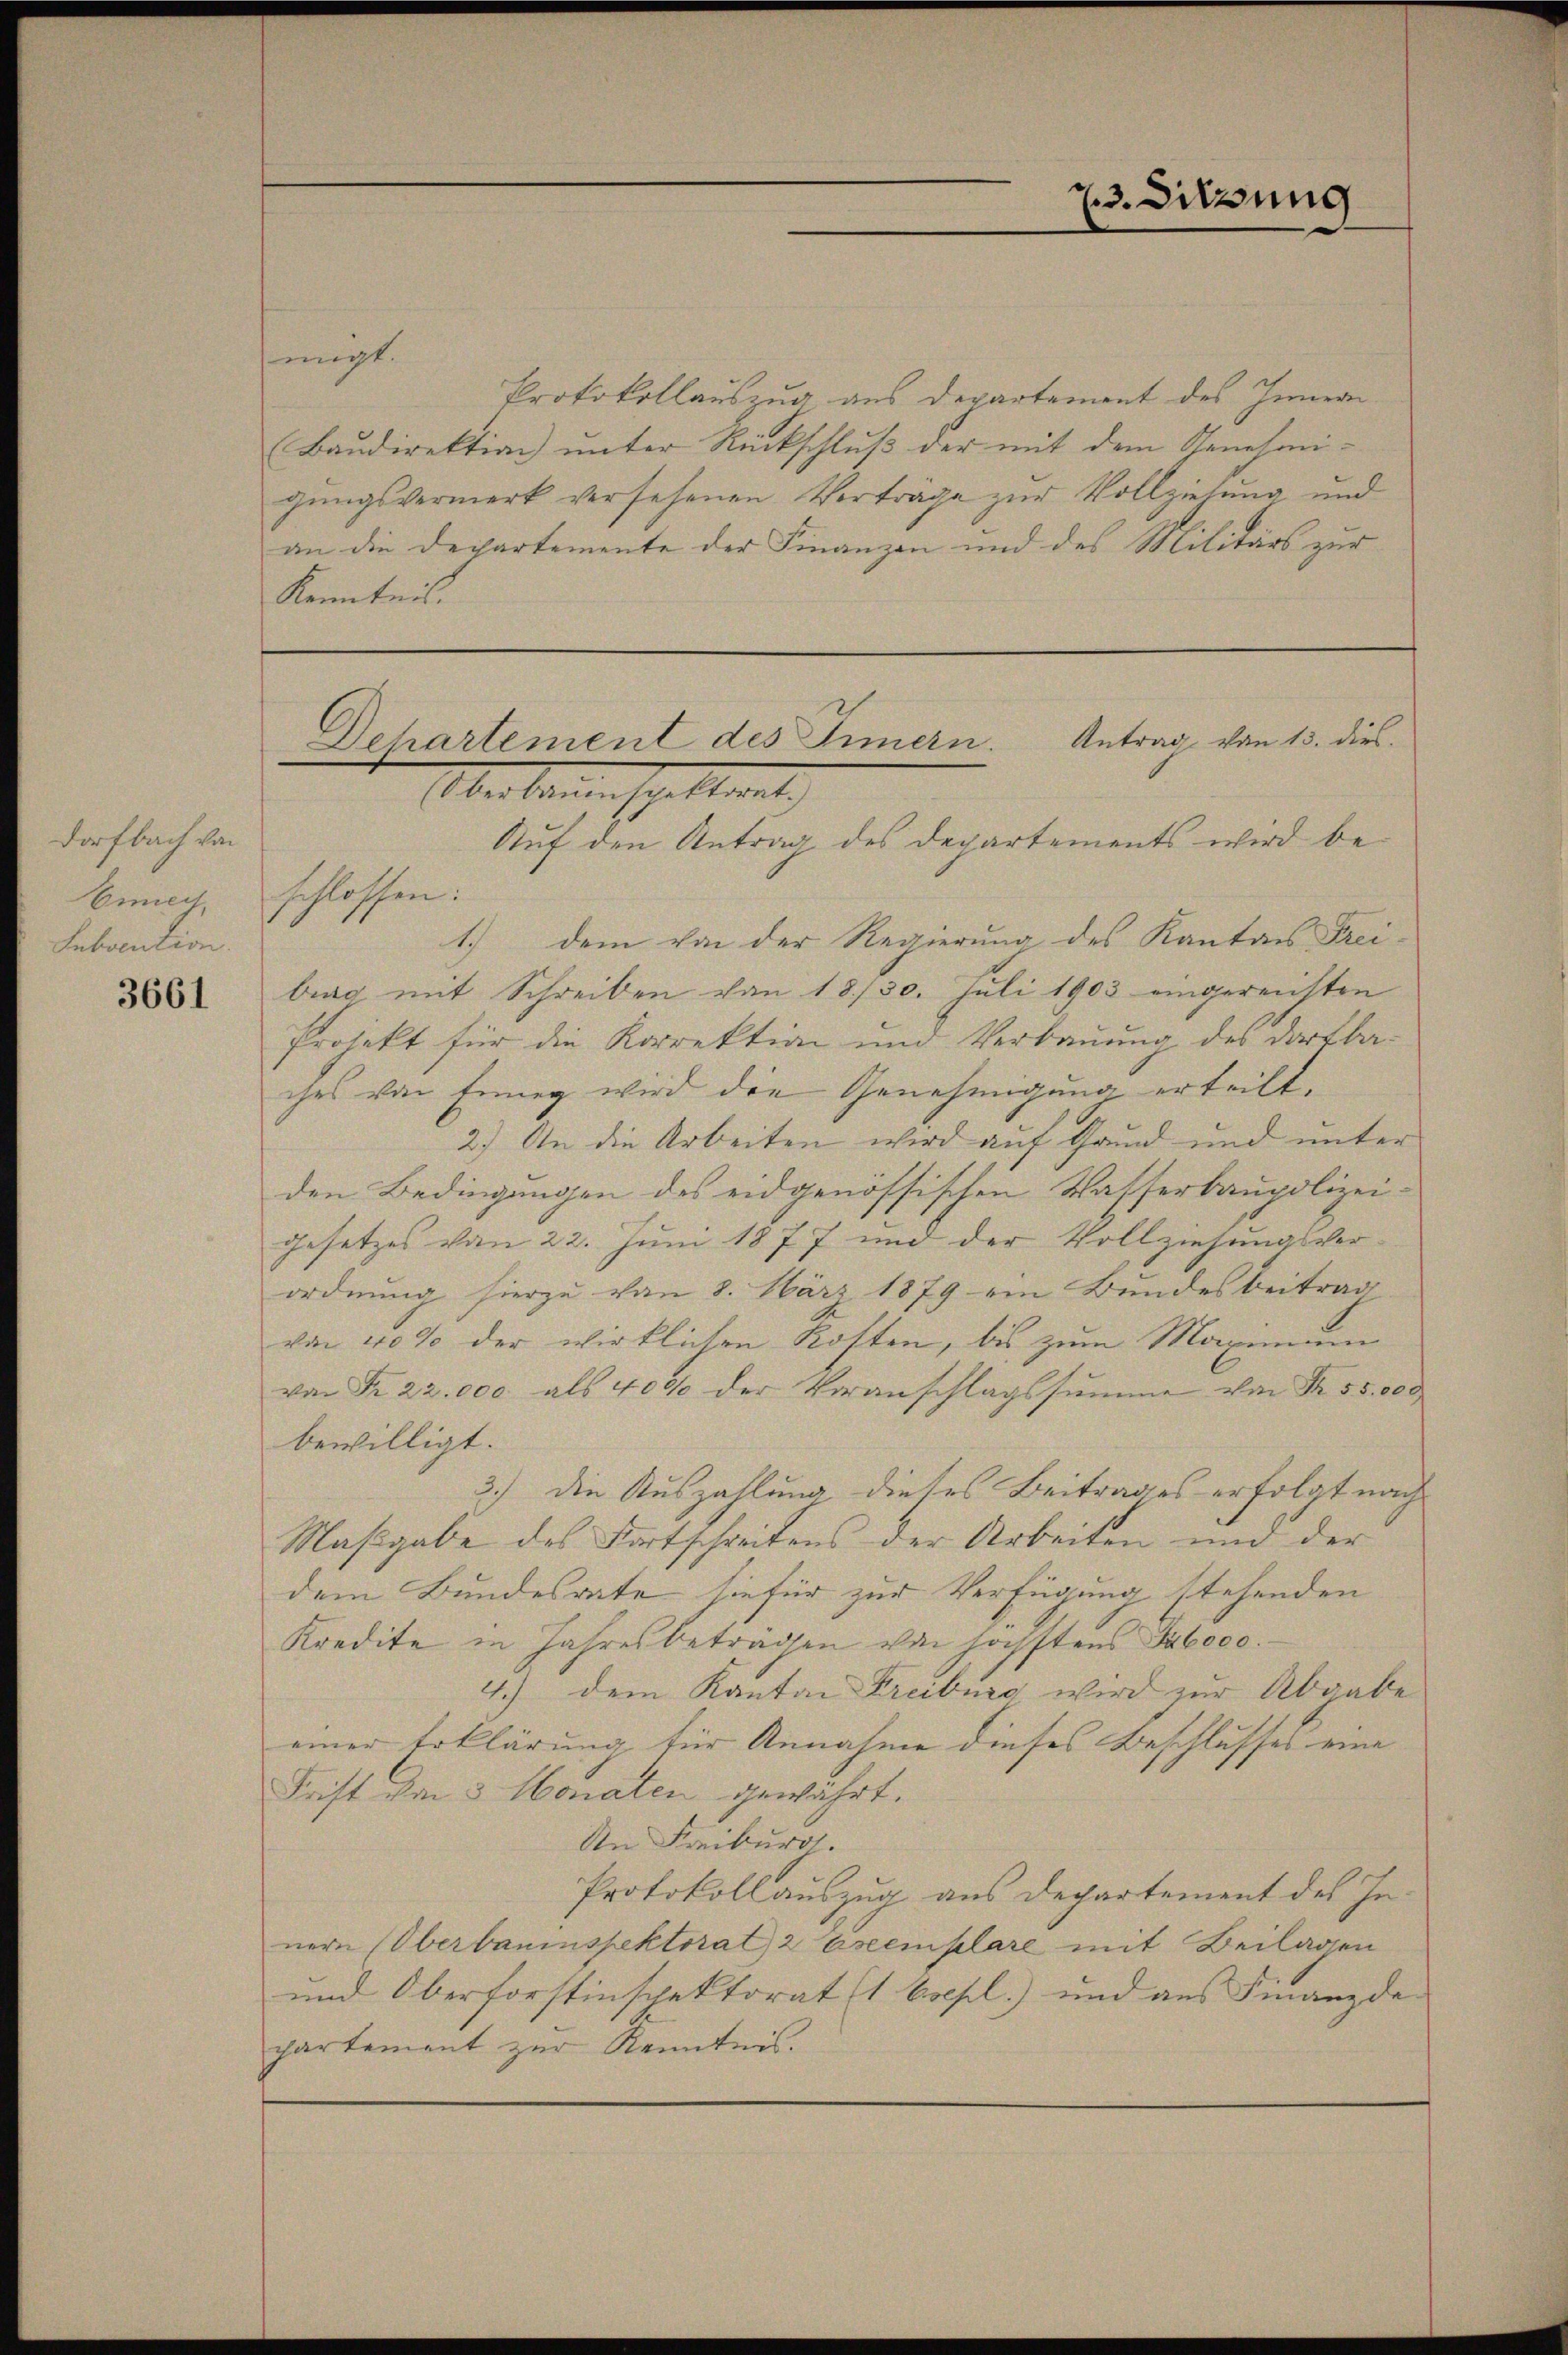
Dorfbach von
benach,
Subvention.

3661

migt.
Protokollauszug aus Departement des Innern
Baudirektion unter Rückschluß der mit dem Genehmi-
gungsvermerk versehenen Verträge zur Vollziehung und
an die Departemente der Finanzen und des Militärs zur
Kenntnis.

73. Sitzung

Auf den Antrag des Departements wird beschlossen:
1.) dem von der Regierung des Kantons Frei-
brag mit Schreiben von 18./30. Juli 1903 eingereichten
Projekt für die Korrektion und Verbauung des Dorfba-
ches von Enney wird die Genehmigung erteilt.
2.) An die Arbeiten wird auf Grund und unter
den Bedingungen des eidgenössischen Wasserbaupolizei
gesetzes von 22. Juni 1877 und der Vollziehungsverordnung hierzu von 8. März 1879 ein Bundesbeitrag
von 40% der wirklichen Kosten, bis zum Maximann
von Fr. 22. 000 als 4000 der Veranschlagssumme von Nr. 55,000
bewilligt.
3.) die Auszahlung dieses Beitrages erfolgt nach
Maßgabe des Fortschreibens der Arbeiten und der
dem Bundesrate sie für zur Verfügung stehenden
Kredite in Jahresbeträgen von höchstens Suboco¬
4.) dem Kanton Freiburg wird zur Abgabe
einer Erklärung für Annahme dieses Beschlusses eine
Frist im 3 Monaten gewährt.
An Freiburg
Protokollauszug aus Departement des In-
nern (Oberbauinspektorat, 2 Exemplare mit Beilagen
und Oberforstinspektorat (1 Esepl.) und aus Finanzde
partement zur Kenntnis.

Dehartement des Innern. Antrag von 13. dies
Aber keine schollent,